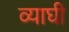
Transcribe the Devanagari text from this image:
व्याघी